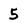
Character: 5